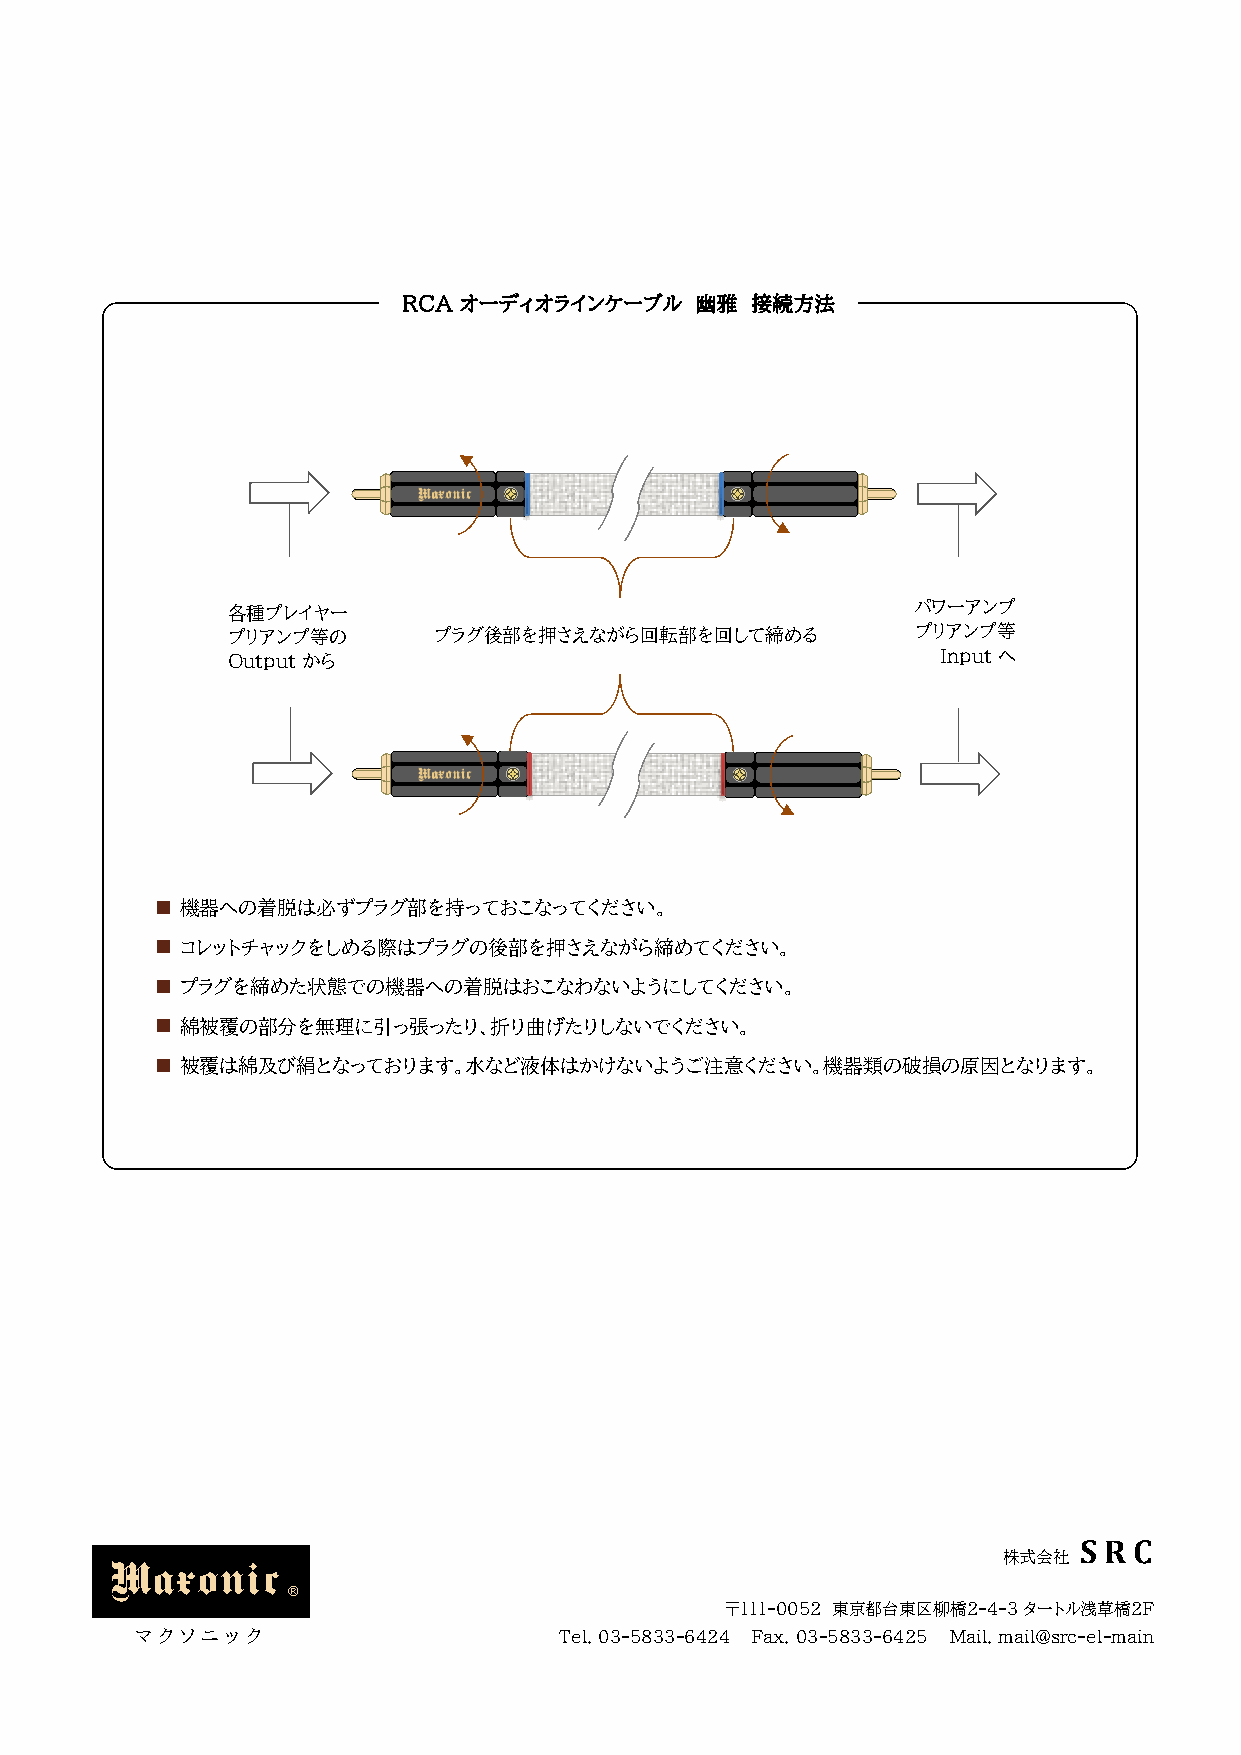
RCA オーディオラインケーブル   幽雅  接続方法
 各種プレイヤー                                      パワーアンプ
 プリアンプ等の       プラグ後部を押さえながら回転部を回して締める          プリアンプ等
 Output から                                      Inputへ
 ■ 機器への着脱は必ずプラグ部を持っておこなってください。
 ■ コレットチャックをしめる際はプラグの後部を押さえながら締めてください。
 ■ プラグを締めた状態での機器への着脱はおこなわないようにしてください。
 ■ 綿被覆の部分を無理に引っ張ったり、折り曲げたりしないでください。
 ■ 被覆は綿及び絹となっております。水など液体はかけないようご注意ください。機器類の破損の原因となります。
 フォノケーブル（例）
 S R C
 Maxonic                                                    株式会社
 ®
 〒111-0052 東京都台東区柳橋2-4-3 タートル浅草橋2F
 マ ク ソ ニ ッ ク                 Tel. 03-5833-6424 Fax. 03-5833-6425 Mail. mail@src-el-main